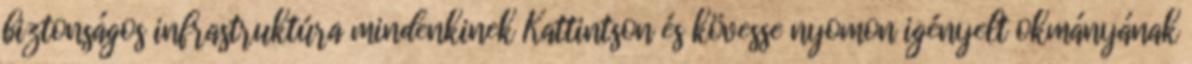
biztonságos infrastruktúra mindenkinek Kattintson és kövesse nyomon igényelt okmányának